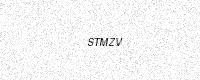
Text: STMZV